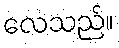
လေသည်။